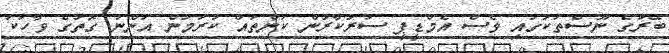
ބޭރުގެ ނޫސްތަކުގައި ވެސް އެމްޑީޕީ ސަރުކާރުން ކަންތައް ކުރަމުން އަންނަ ގޮތުގެ ވާހަކަ